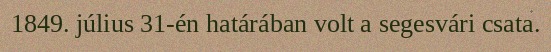
1849. július 31-én határában volt a segesvári csata.